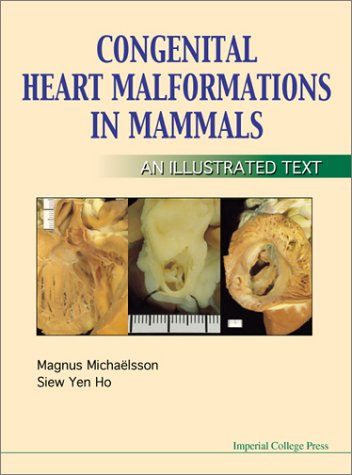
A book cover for Congenital Heart Malformations in Mammals: An Illustrated Text; Magnus Michaelsson; Medical Books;